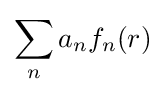
\sum _{n}a_{n}f_{n}(r)